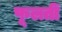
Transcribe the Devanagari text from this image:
फूलतीं